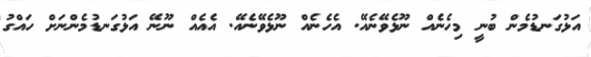
އަޅުގަނޑުމެން ބުނީ މިހެނެއް ނޫޅެވޭނެއޭ. އެހެނެއް ނޫޅެވޭނެއޭ. އެއެއް ނޫނޭ އަޅުގަނޑުމެންނަށް ހައްގު